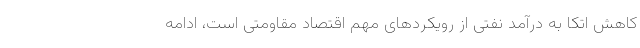
کاهش اتکا به درآمد نفتی از رویکردهای مهم اقتصاد مقاومتی است، ادامه